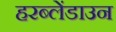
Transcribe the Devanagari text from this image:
हरब्लेंडाउन